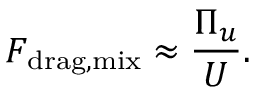
F _ { \mathrm { d r a g , m i x } } \approx \frac { \Pi _ { u } } { U } .